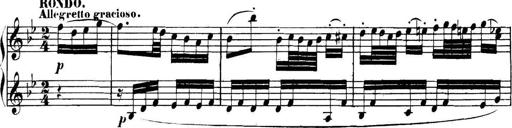
Title: Collected Piano Sonatas
Composer: Muzio Clementi